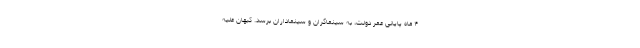
۴ ماه پایانی عمر دولت، به سینماگران و سینماداران برسد. کیهان علیه